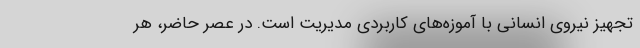
تجهیز نیروی انسانی با آموزه‌های کاربردی مدیریت است. در عصر حاضر، هر